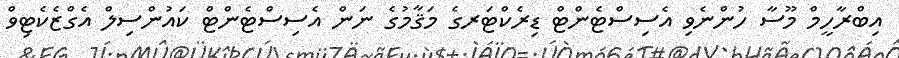
އިބްރާހީމް މޫސާ ހުންނެވި އެސިސްޓެންޓް ޑިރެކްޓަރގެ މަޤާމުގެ ނަން އެސިސްޓެންޓް ކައުންސިލް އެގްޒެކެޓިވް